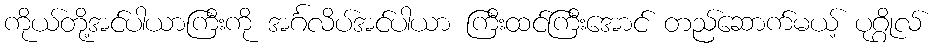
ကိုယ်တို့အင်ပါယာကြီးကို အင်္ဂလိပ်အင်ပါယာ ကြီးထင်ကြီးအောင် တည်ဆောက်မယ့် ပုဂ္ဂိုလ်